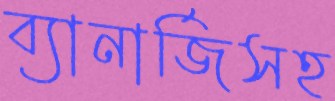
ব্যানার্জিসহ